Problem: 49 + 10 = ?
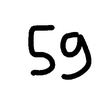
Handwritten answer: 59